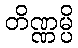
တိဏ္ဏမ္ပိ